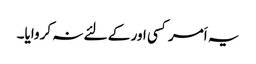
یہ اَمر کسی اور کے لئے نہ کروایا۔